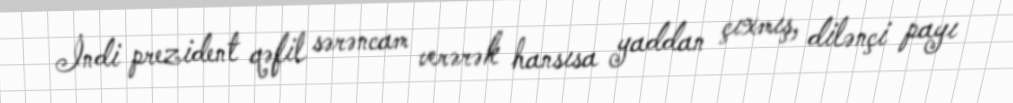
İndi prezident qəfil sərəncam verərək hansısa yaddan çıxmış, dilənçi payı